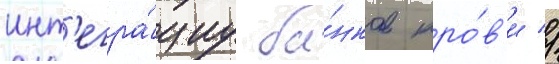
инт'егра́циу ба́нков кро́в'и //